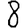
Digit: 8